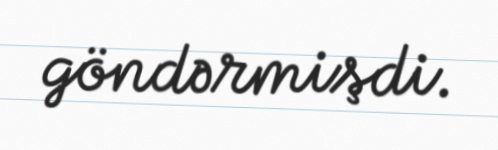
göndərmişdi.